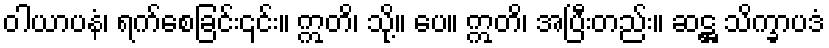
ဝါယာပနံ၊ ရက်စေခြင်း၎င်း။ ဣတိ၊ သို့။ ပေ။ ဣတိ၊ အပြီးတည်း။ ဆဋ္ဌ သိက္ခာပဒံ